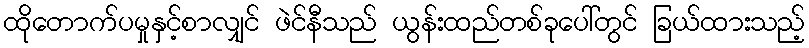
ထိုတောက်ပမှုနှင့်စာလျှင် ဖဲင်နီသည် ယွန်းထည်တစ်ခုပေါ်တွင် ခြယ်ထားသည့်